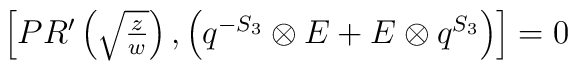
\begin{array}{c}\left[PR'\left(\sqrt{z\over w}\right),\left(q^{-S_3}\otimes E+E\otimes q^{S_3}\right)\right]=0\end{array}